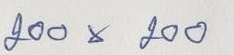
200 x 200